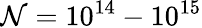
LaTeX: \mathcal{N}=10^{14}-10^{15}